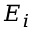
\textstyle E _ { i }